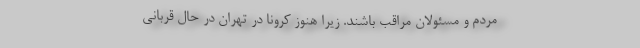
مردم و مسئولان مراقب باشند. زیرا هنوز کرونا در تهران در حال قربانی